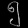
Digit: ၅